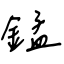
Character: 錳